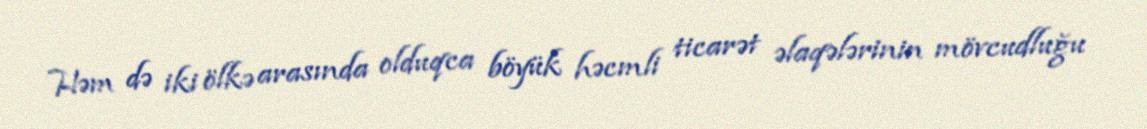
Həm də iki ölkə arasında olduqca böyük həcmli ticarət əlaqələrinin mövcudluğu